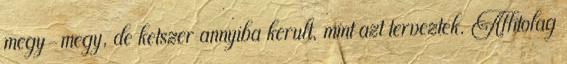
megy-megy, de ketszer annyiba kerult, mint azt terveztek. Allitolag